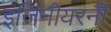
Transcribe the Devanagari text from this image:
इंजिनीयरनी